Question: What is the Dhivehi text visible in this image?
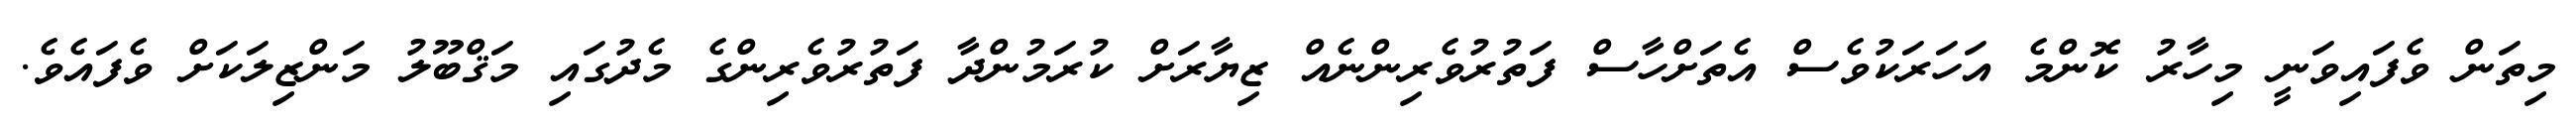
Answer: މިތަން ވެފައިވަނީ މިހާރު ކޮންމެ އަހަރަކުވެސް އެތަށްހާސް ފަތުރުވެރިންނެއް ޒިޔާރަށް ކުރަމުންދާ ފަތުރުވެރިންގެ މެދުގައި މަޤްބޫލު މަންޒިލަކަށް ވެފައެވެ.